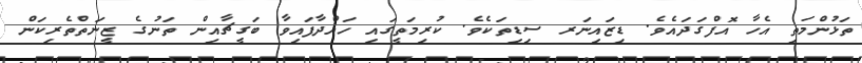
ތަޅުންމަތި އެހާ އޮފްގަދައެވެ. ޑިޒައިނަރ ސިޑިތަކެވެ. ކުރިމަތީގައި ހައްދާފައިވާ ބަގީޗާއިން ތަނުގެ ޒީނަތްތެރިކަން